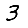
Digit: 3